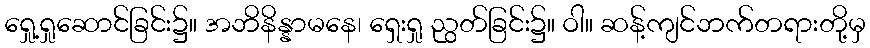
ရှေု့ရှုဆောင်ခြင်း၌။ အဘိနိန္နာမနေ၊ ရှေးရှု ညွတ်ခြင်း၌။ ဝါ။ ဆန့်ကျင်ဘက်တရားတို့မှ